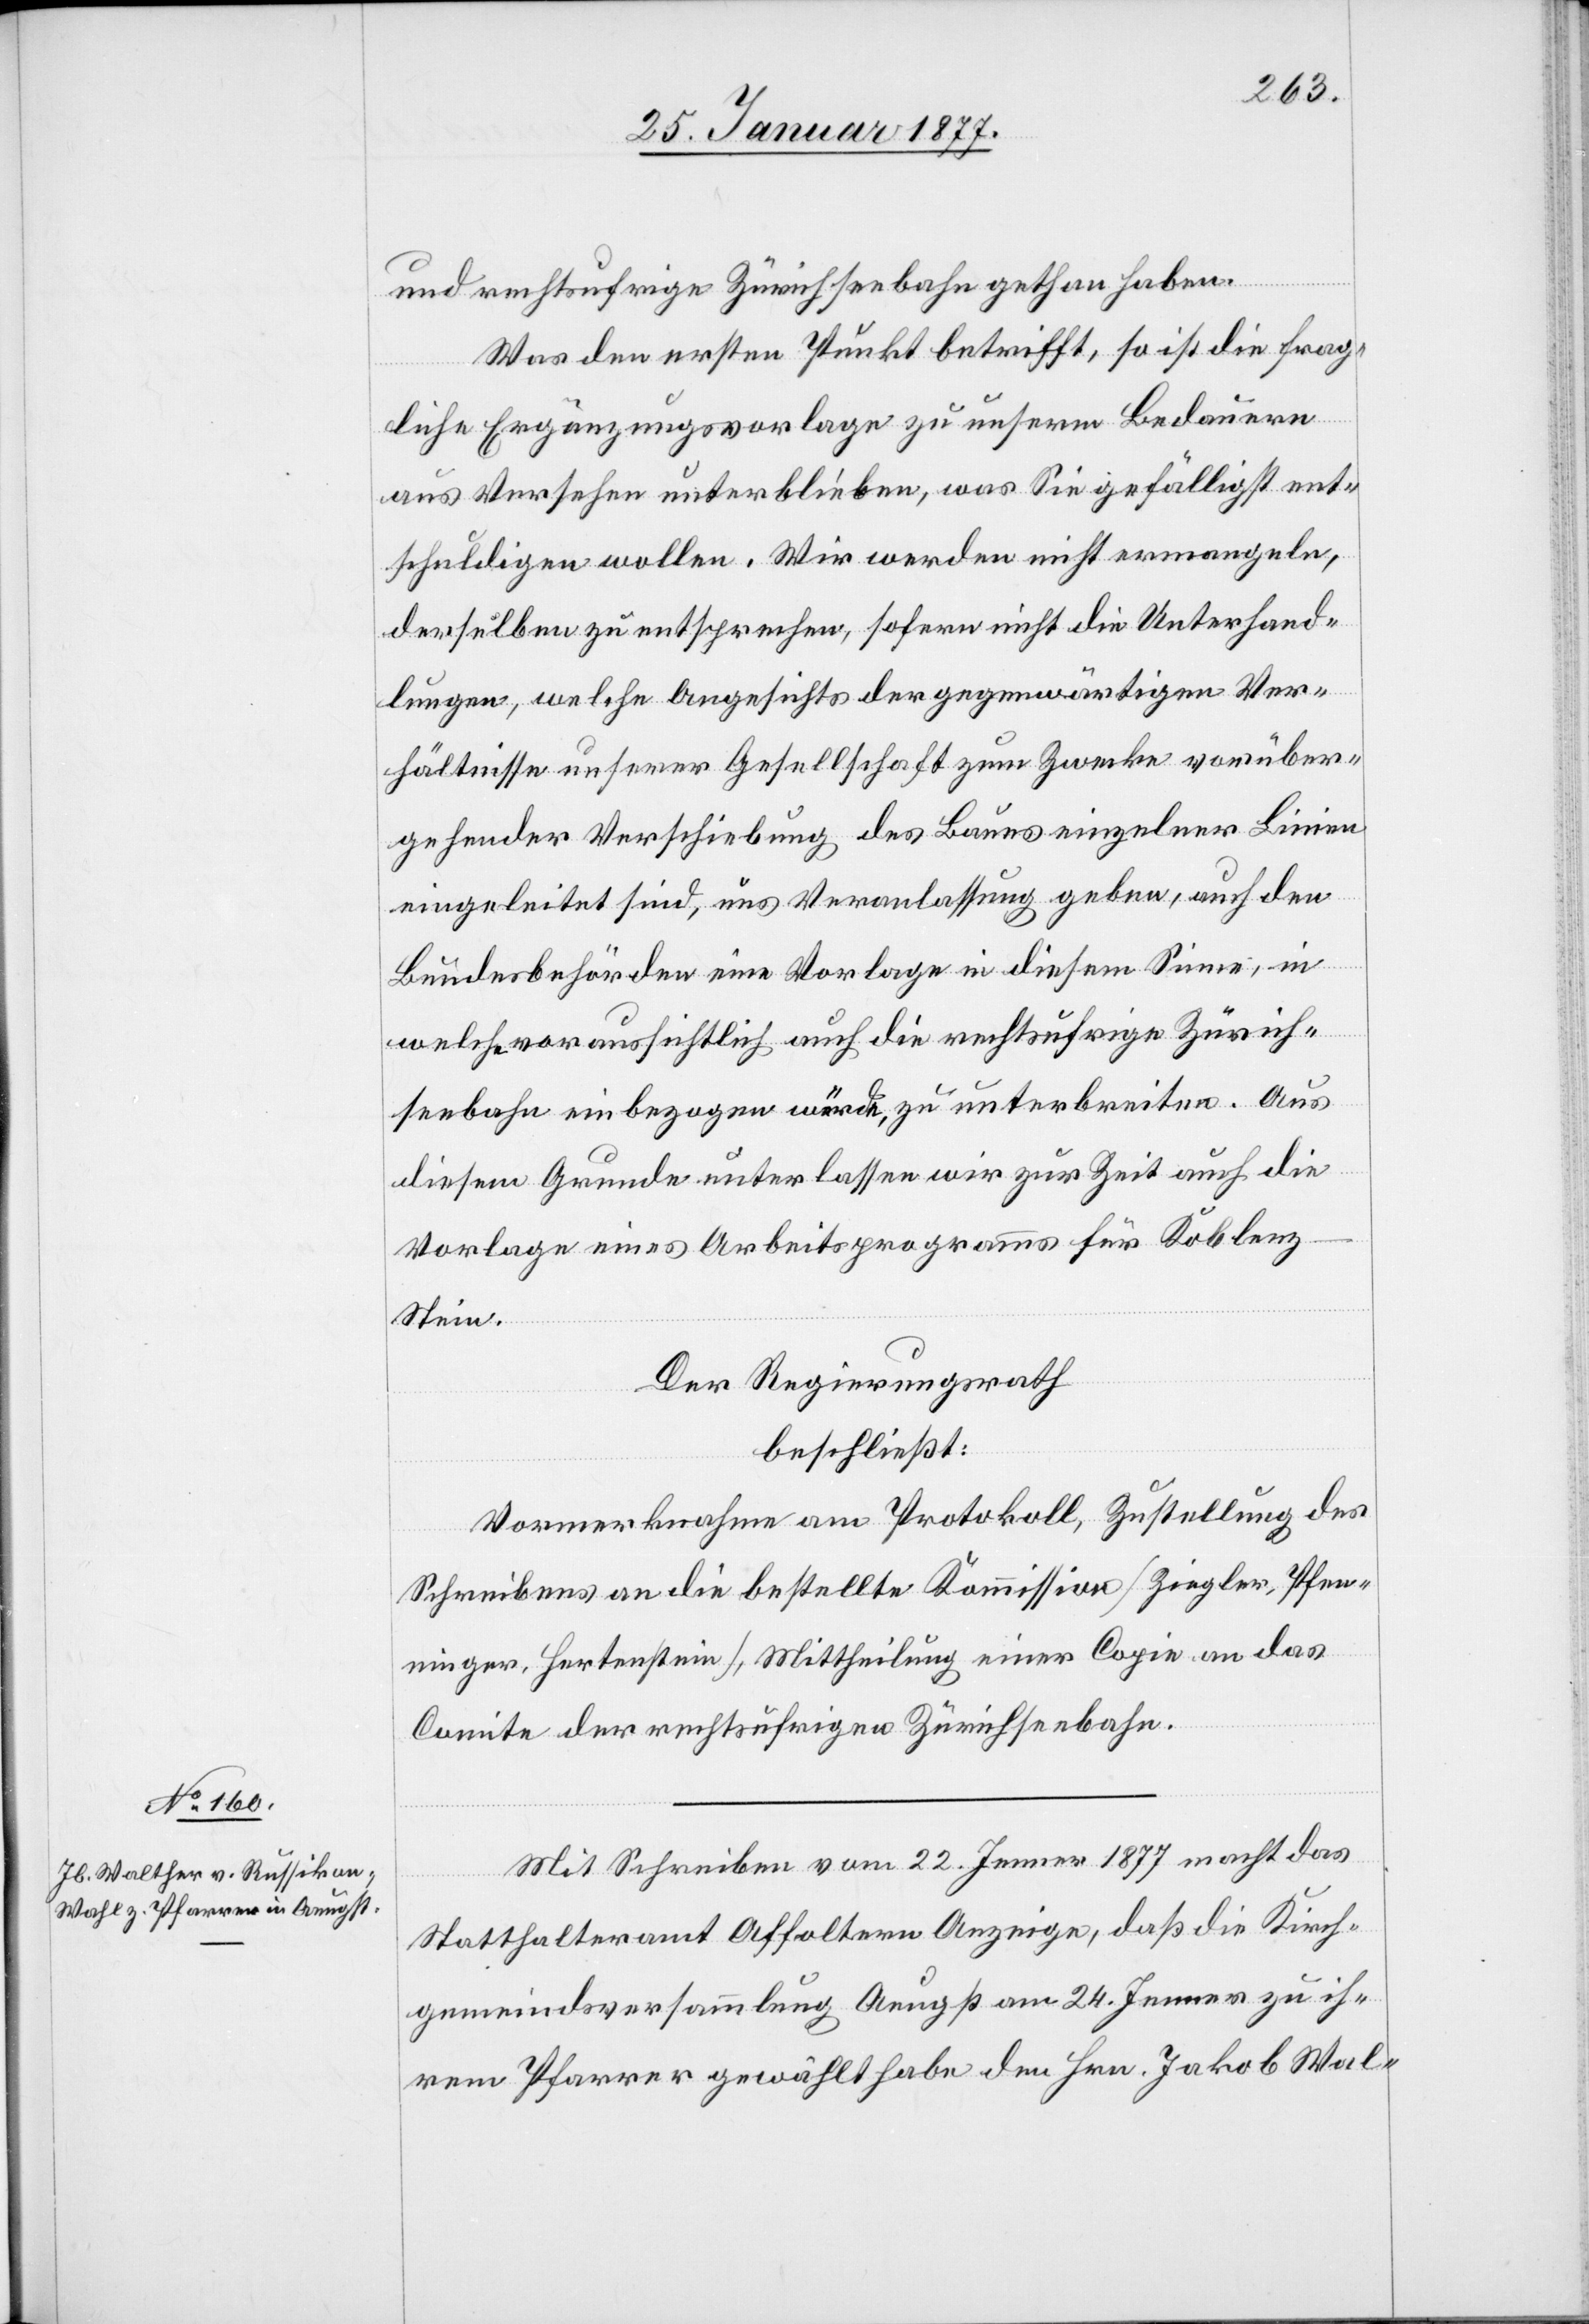
und rechtsufrige Zürichseebahn gethan haben.
Was den ersten Punkt betrifft, so ist die frag¬
liche Ergänzungsvorlage zu unserem Bedauern
aus Versehen unterblieben, was Sie gefälligst ent¬
schuldigen wollen. Wir werden nicht ermangeln,
derselben zu entsprechen, sofern nicht die Unterhand¬
lungen, welche Angesichts der gegenwärtigen Ver¬
hältnisse unserer Gesellschaft zum Zwecke vorüber¬
gehender Verschiebung des Baues einzelner Linien
eingeleitet sind, uns Veranlassung geben, auch den
Bundesbehörden eine Vorlage in diesem Sinne, in
welche voraussichtlich auch die rechtsufrige Zürich¬
seebahn einbezogen würde, zu unterbreiten. Aus
diesem Grunde unterlassen wir zur Zeit auch die
Vorlage eines Arbeitsprogramms für Koblen¬
z–Stein.
Der Regierungsrath
beschließt:
Vormerknahme am Protokoll, Zustellung des
Schreibens an die bestellte Kommission [Ziegler, Pfen¬
ninger, Hertenstein]. Mittheilung einer Copie an das
Comite der rechtsufrigen Zürichseebahn.
Mit Schreiben vom 22. Jenner 1877 macht das
Statthalteramt Affoltern Anzeige, daß die Kirch¬
gemeindsversammlung Aeugst am 24. Jenner zu ih¬
rem Pfarrer gewählt habe den Hrn. Jakob Wal-